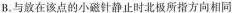
B.与放在该点的小磁针静止时北极所指方向相同